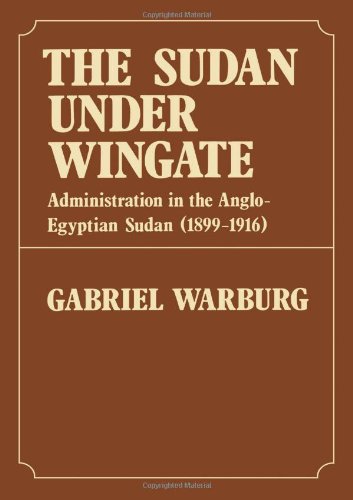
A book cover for Sudan Under Wingate: Administration in the Anglo-Egyptian Sudan (1899-1916); Gabriel Warburg; History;